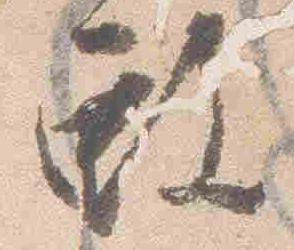
殿